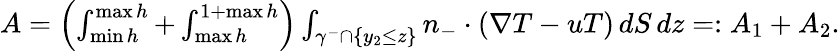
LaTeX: \begin{array}{r}{A=\left(\int_{\operatorname*{min}h}^{\operatorname*{max}h}+\int_{\operatorname*{max}h}^{1+\operatorname*{max}h}\right)\int_{\gamma^{-}\cap\{ y_{2}\leq z\} }n_{-}\cdot(\nabla T-uT)\, dS\, dz=:A_{1}+A_{2}.}\end{array}